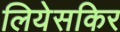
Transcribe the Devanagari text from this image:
लियेसकिर